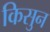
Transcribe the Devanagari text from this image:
किसुन